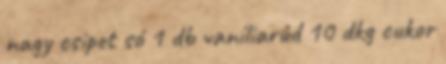
nagy csipet só 1 db vaníliarúd 10 dkg cukor